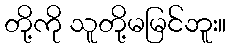
တို့ကို သူတို့မမြင်ဘူး။